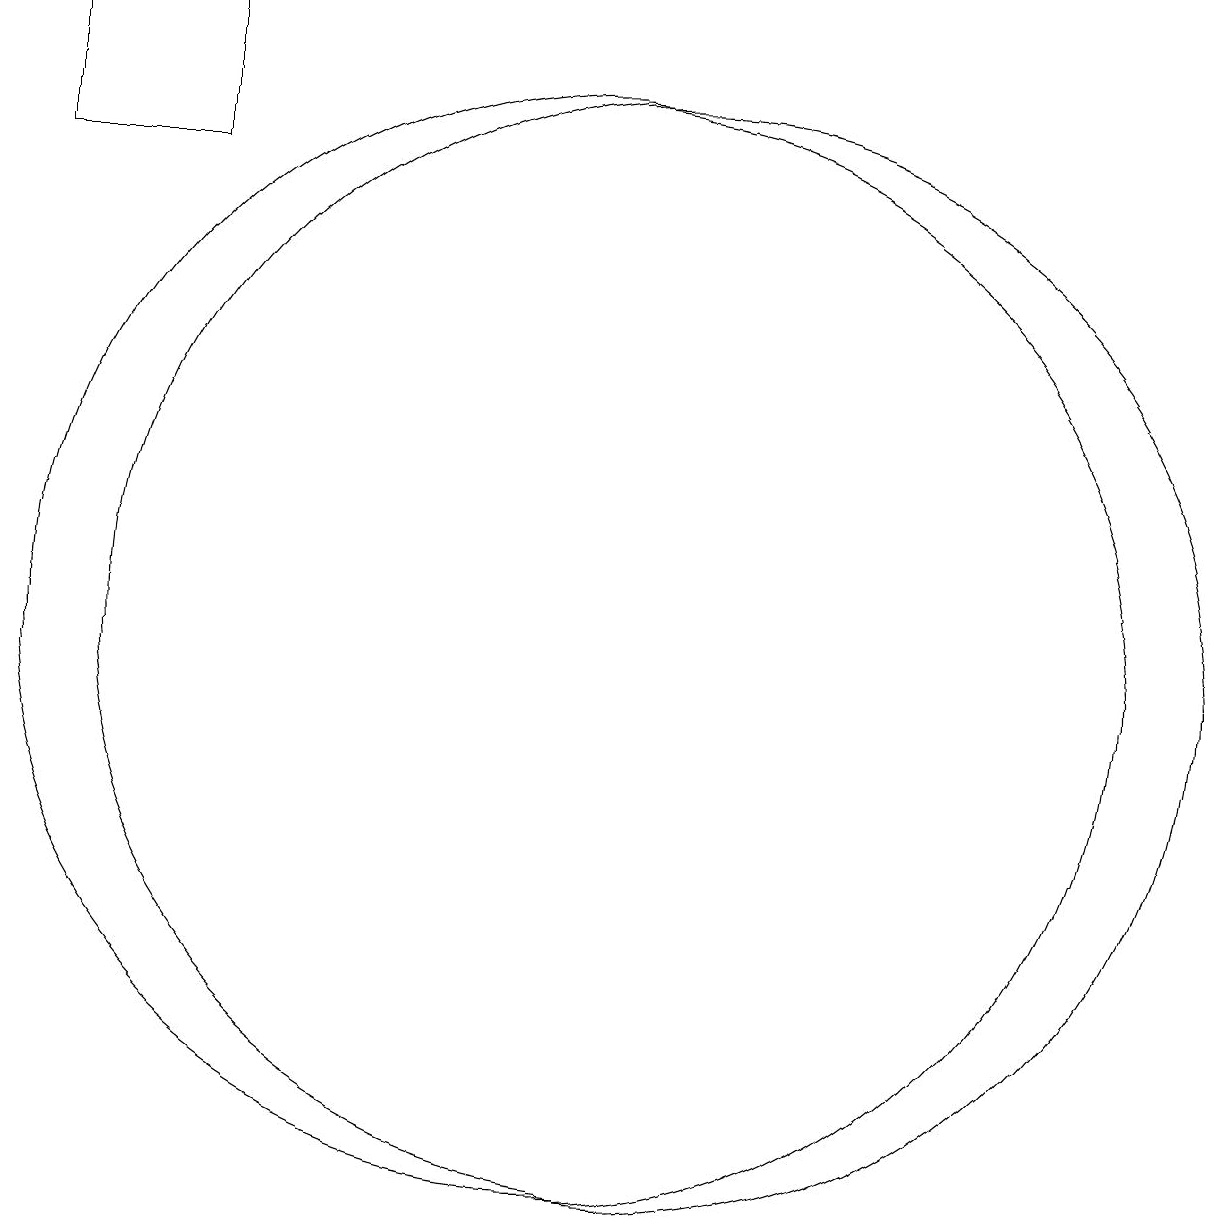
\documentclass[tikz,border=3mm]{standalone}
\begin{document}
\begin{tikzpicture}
\draw (11,10) circle (0);
\draw (12,11) circle (7);
\draw (6,17) rectangle (4,19);
\draw (11,11) circle (7);
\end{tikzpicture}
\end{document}